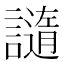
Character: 䜔